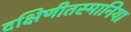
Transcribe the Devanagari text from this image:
दक्षिणीतस्मानिया